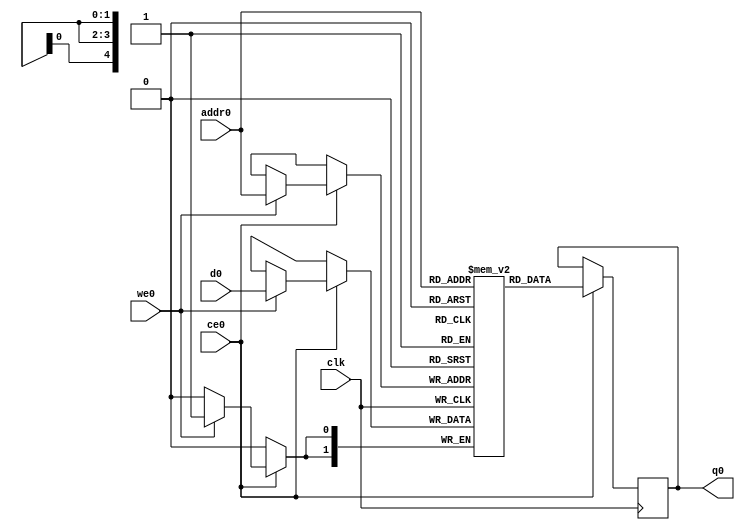
// ==============================================================
// Vitis HLS - High-Level Synthesis from C, C++ and OpenCL v2020.2 (64-bit)
// Copyright 1986-2020 Xilinx, Inc. All Rights Reserved.
// ==============================================================
`timescale 1 ns / 1 ps
module StreamingMaxPool_Batch_2_StreamingMaxPool_Precision_64u_2u_128u_ap_int_2_2_256_s_buf_V_0_ram (addr0, ce0, d0, we0, q0,  clk);

parameter DWIDTH = 2;
parameter AWIDTH = 5;
parameter MEM_SIZE = 32;

input[AWIDTH-1:0] addr0;
input ce0;
input[DWIDTH-1:0] d0;
input we0;
output reg[DWIDTH-1:0] q0;
input clk;

reg [DWIDTH-1:0] ram[0:MEM_SIZE-1];




always @(posedge clk)  
begin 
    if (ce0) begin
        if (we0) 
            ram[addr0] <= d0; 
        q0 <= ram[addr0];
    end
end


endmodule

`timescale 1 ns / 1 ps
module StreamingMaxPool_Batch_2_StreamingMaxPool_Precision_64u_2u_128u_ap_int_2_2_256_s_buf_V_0(
    reset,
    clk,
    address0,
    ce0,
    we0,
    d0,
    q0);

parameter DataWidth = 32'd2;
parameter AddressRange = 32'd32;
parameter AddressWidth = 32'd5;
input reset;
input clk;
input[AddressWidth - 1:0] address0;
input ce0;
input we0;
input[DataWidth - 1:0] d0;
output[DataWidth - 1:0] q0;



StreamingMaxPool_Batch_2_StreamingMaxPool_Precision_64u_2u_128u_ap_int_2_2_256_s_buf_V_0_ram StreamingMaxPool_Batch_2_StreamingMaxPool_Precision_64u_2u_128u_ap_int_2_2_256_s_buf_V_0_ram_U(
    .clk( clk ),
    .addr0( address0 ),
    .ce0( ce0 ),
    .we0( we0 ),
    .d0( d0 ),
    .q0( q0 ));

endmodule